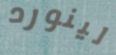
لينورد